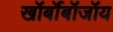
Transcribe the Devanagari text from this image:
खॉर्बॉबॉजॉय